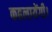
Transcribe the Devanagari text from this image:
कहलायेंगी।